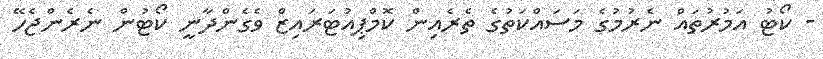
- ކޯޓު އަމުރުތައް ނެރުމުގެ މަސައްކަތުގެ ތެރެއިން ކޮމްޕިއުޓަރައިޒް ވެގެންދާނީ ކޯޓުން ނެރެންޖެހޭ